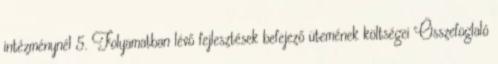
intézménynél 5. Folyamatban lévő fejlesztések befejező ütemének költségei Összefoglaló